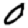
Digit: 0